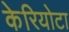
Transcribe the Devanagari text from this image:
केरियोटा